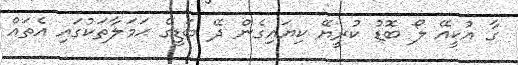
ގާ އުކީއޭ ލޯ ބޮޑު ކުރީޔޭ ކިޔައިގެން ދޭ ބަޑީގެ ޙަމަލާތަކުގައި އެތައް